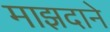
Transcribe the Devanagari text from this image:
माझदाने